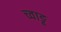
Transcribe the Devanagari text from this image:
च्वाङू